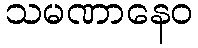
သမဏာနေဝ